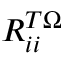
R _ { i i } ^ { T \Omega }